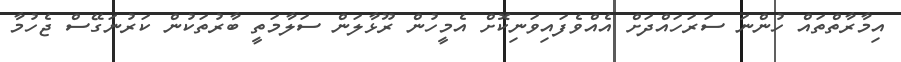
އިމާރާތްތައް ހުންނަ ސަރަހައްދަށް އެއްވެފައިވަނިކޮށް އެމީހުން ރޫޅާލަން ސަލާމަތީ ބާރުތަކުން ކަރުނަގޭސް ޖެހުމާ